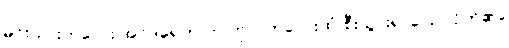
မင်းသားကလေး အင်ဒရေက တပ်ဗိုလ်ကလေးထံ စီးသွား၍ ပြောလိုက်၏။